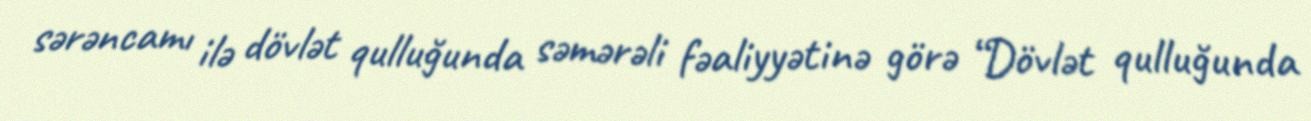
sərəncamı ilə dövlət qulluğunda səmərəli fəaliyyətinə görə “Dövlət qulluğunda